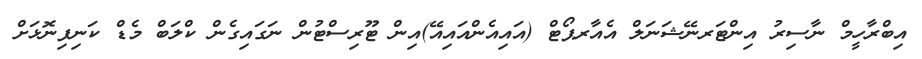
އިބްރާހީމް ނާސިރު އިންޓަރނޭޝަނަލް އެއާރޕޯޓް (އައިއެންއައިއޭ)އިން ޓޫރިސްޓުން ނަގައިގެން ކްލަބް މެޑް ކަނިފިނޮޅަށް